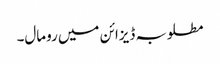
مطلوبہ ڈیزائن میں رومال۔